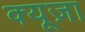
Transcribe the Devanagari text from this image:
क्यूज़ा